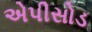
એપીસોડ